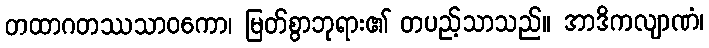
တထာဂတဿသာဝကော၊ မြတ်စွာဘုရား၏ တပည့်သာသည်။ အာဒိကလျာဏံ၊